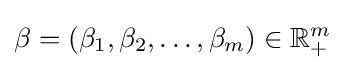
\beta =(\beta _{1},\beta _{2},\ldots ,\beta _{m})\in \mathbb {R} _{+}^{m}